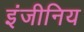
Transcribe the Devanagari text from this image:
इंजीनिय